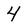
Character: 4